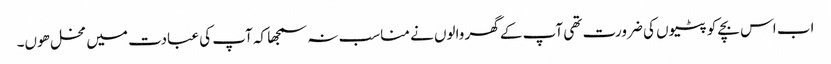
اب اس بچے کو پٹیوں کی ضرورت تھی آپ کے گھر والوں نے مناسب نہ سمجھا کہ آپ کی عبادت میں مخل ھوں۔